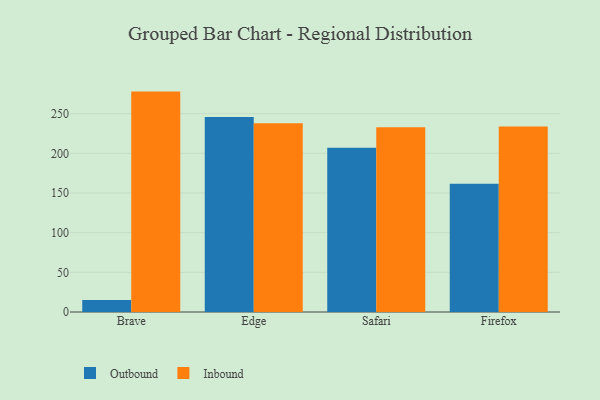
{"axis": {"x": "Browser", "y": "LTV (USD)"}, "legend": ["Inbound", "Outbound"], "data": [{"x": "Brave", "y": 15.1, "type": "Outbound"}, {"x": "Brave", "y": 277.8, "type": "Inbound"}, {"x": "Edge", "y": 245.8, "type": "Outbound"}, {"x": "Edge", "y": 238.0, "type": "Inbound"}, {"x": "Safari", "y": 206.9, "type": "Outbound"}, {"x": "Safari", "y": 232.9, "type": "Inbound"}, {"x": "Firefox", "y": 161.7, "type": "Outbound"}, {"x": "Firefox", "y": 233.9, "type": "Inbound"}]}